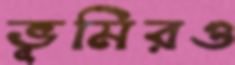
ভূমিরও